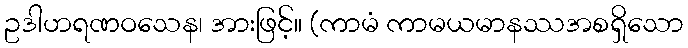
ဥဒါဟရဏဝသေန၊ အားဖြင့်။ (ကာမံ ကာမယမာနဿအစရှိသော